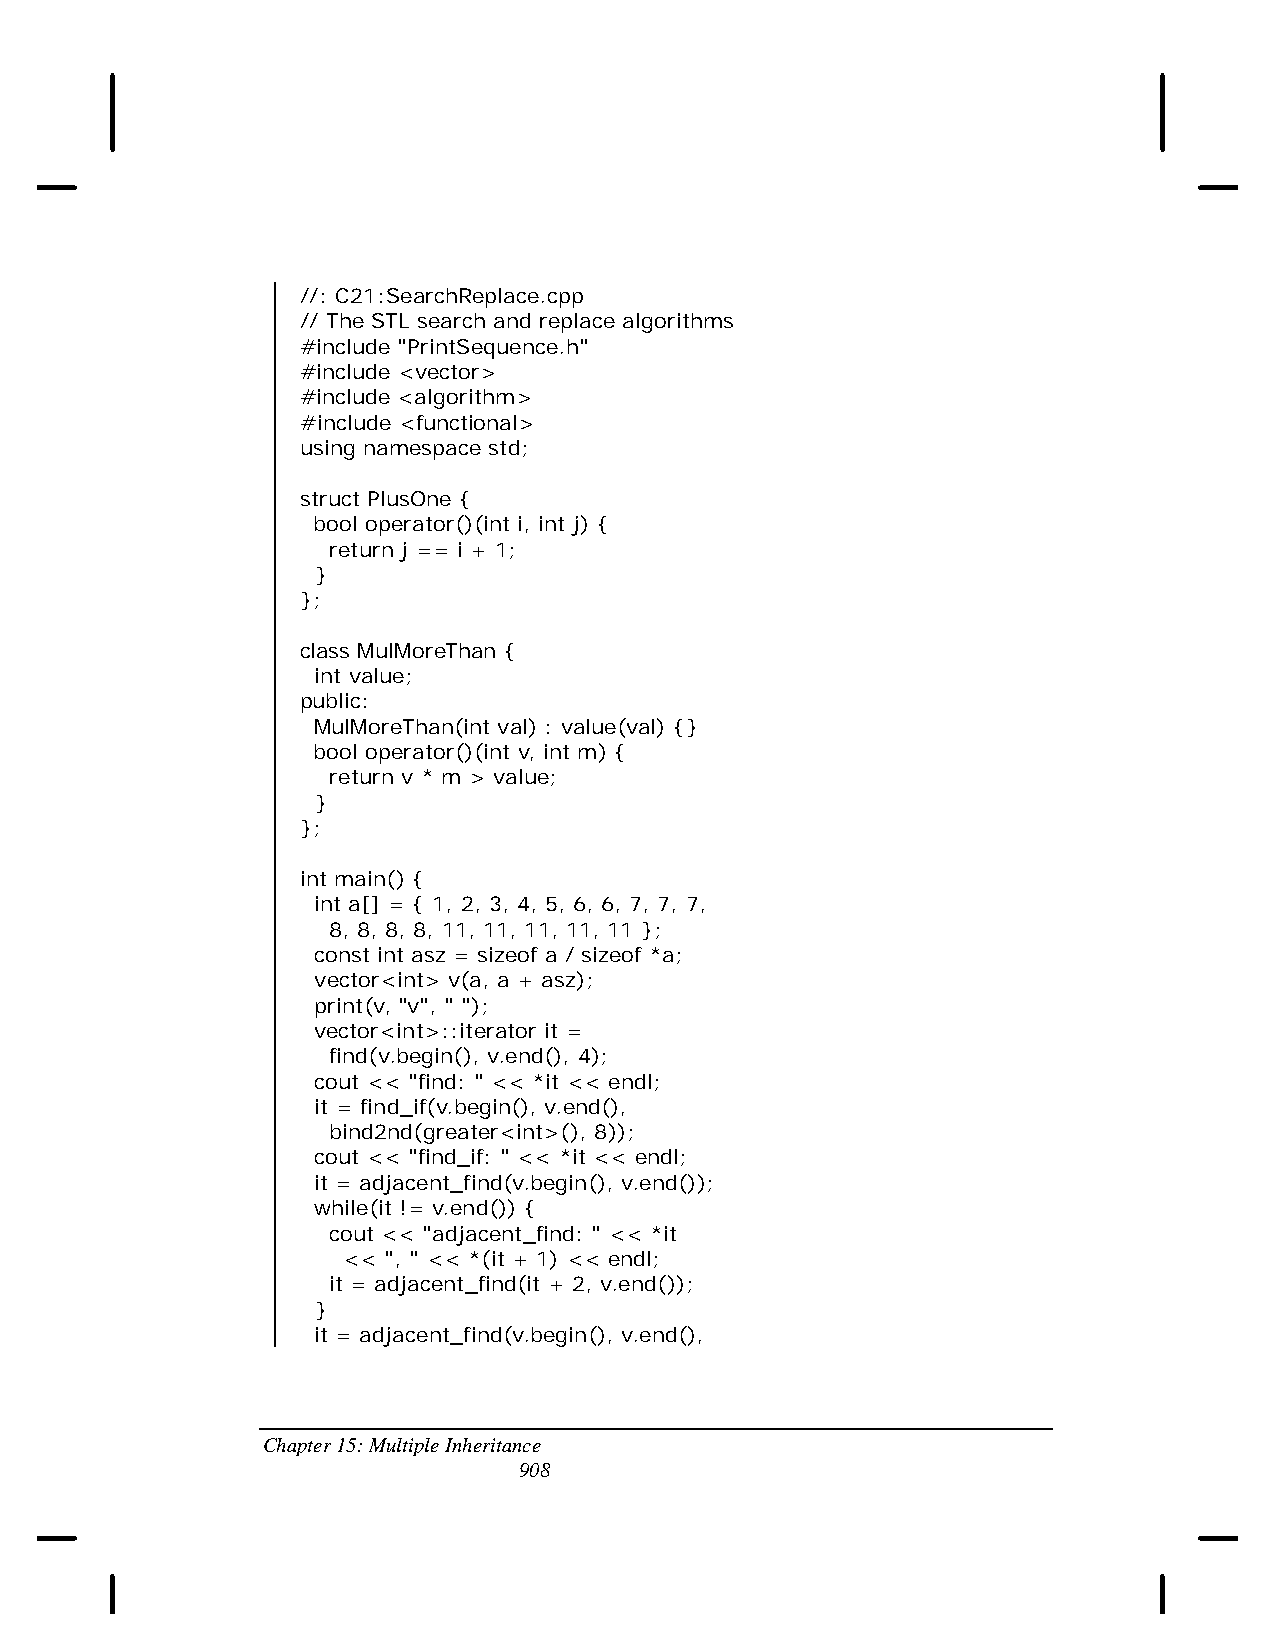
//: C21:SearchReplace.cpp
 // The STL search and replace algorithms
 #include "PrintSequence.h"
 #include <vector>
 #include <algorithm>
 #include <functional>
 using namespace std;
 struct PlusOne {
 bool operator()(int i, int j) {
 return j == i + 1;
 }
 };
 class MulMoreThan {
 int value;
 public:
 MulMoreThan(int val) : value(val) {}
 bool operator()(int v, int m) {
 return v * m > value;
 }
 };
 int main() {
 int a[] = { 1, 2, 3, 4, 5, 6, 6, 7, 7, 7,
 8, 8, 8, 8, 11, 11, 11, 11, 11 };
 const int asz = sizeof a / sizeof *a;
 vector<int> v(a, a + asz);
 print(v, "v", " ");
 vector<int>::iterator it =
 find(v.begin(), v.end(), 4);
 cout << "find: " << *it << endl;
 it = find_if(v.begin(), v.end(),
 bind2nd(greater<int>(), 8));
 cout << "find_if: " << *it << endl;
 it = adjacent_find(v.begin(), v.end());
 while(it != v.end()) {
 cout << "adjacent_find: " << *it
 << ", " << *(it + 1) << endl;
 it = adjacent_find(it + 2, v.end());
 }
 it = adjacent_find(v.begin(), v.end(),
 Chapter 15: Multiple Inheritance
 908